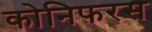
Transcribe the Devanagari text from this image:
कोनिफरस